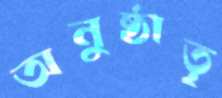
অনুষ্ঠাতৃ